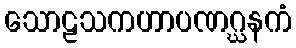
သောဠသကဟာပဏဂ္ဃနကံ